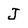
Character: J